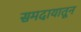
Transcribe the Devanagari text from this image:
समदायातून